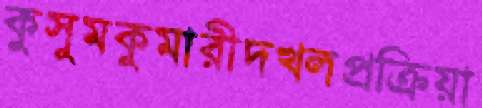
কুসুমকুমারীদখলপ্রক্রিয়া